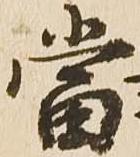
当